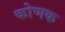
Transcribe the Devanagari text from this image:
कोणक